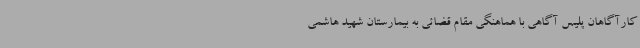
کارآگاهان پلیس آگاهی با هماهنگی مقام قضائی به بیمارستان شهید هاشمی